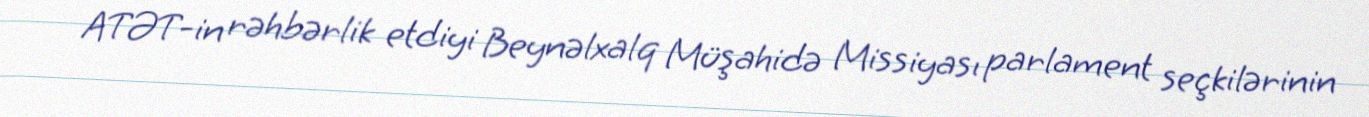
ATƏT-in rəhbərlik etdiyi Beynəlxalq Müşahidə Missiyası parlament seçkilərinin